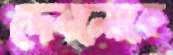
দেবলোকে